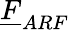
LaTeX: \underline{{F}}_{ARF}